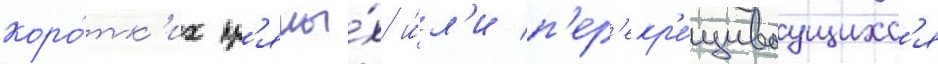
коро́тк'их пр'ямы́х и́л'и п'ер'екр'е́щиваущихс'я